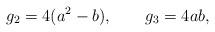
LaTeX: \begin{align*}g_{2} = 4(a^{2}-b) , \qquad g_{3} = 4ab , \end{align*}